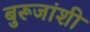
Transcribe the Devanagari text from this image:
बुरूजांशी